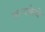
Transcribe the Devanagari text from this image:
कन्यकेचे